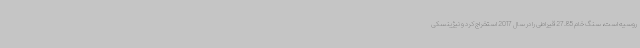
روسیه است، سنگ خام 27.85 قیراطی را در سال 2017 استخراج کرد و نیژینسکی